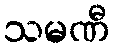
သမဏီ